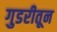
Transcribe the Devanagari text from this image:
गुडरीतून